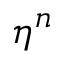
\eta ^ { n }